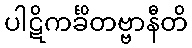
ပါဋိကင်္ခိတဗ္ဗာနီတိ